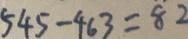
5 4 5 - 4 6 3 = 8 2